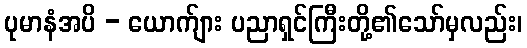
ပုမာနံအပိ - ယောက်ျား ပညာရှင်ကြီးတို့၏သော်မှလည်း၊